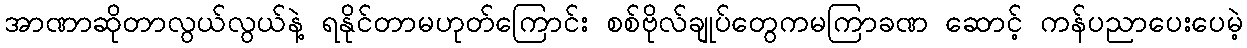
အာဏာဆိုတာလွယ်လွယ်နဲ့ ရနိုင်တာမဟုတ်ကြောင်း စစ်ဗိုလ်ချုပ်တွေကမကြာခဏ ဆောင့် ကန်ပညာပေးပေမဲ့